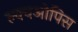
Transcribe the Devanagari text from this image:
ल्क्चओपिस